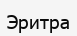
Эритра